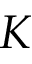
K